Scottish Leaving Certificate Examination, 1961
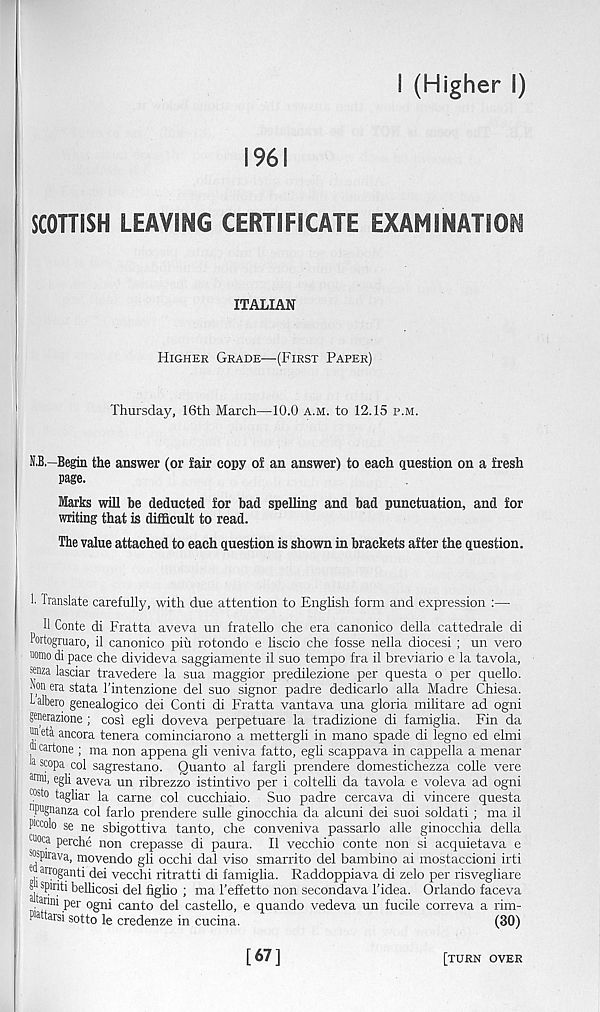
I (Higher I)
1961
SCOTTISH LEAVING CERTIFICATE EXAMINATION
ITALIAN
Higher Grade—(First Paper)
Thursday, 16th March—10.0 a.m. to 12.15 p.m.
N.B.—Begin the answer (or fair copy of an answer) to each question on a fresh
page.
Marks will he deducted for bad spelling and bad punctuation, and for
writing that is difficult to read.
The value attached to each question is shown in brackets after the question.
1. Translate carefully, with due attention to English form and expression :—
11 Conte di Fratta aveva un fratello che era canonico della cattedrale di
Portogmaro, il canonico piu rotondo e liscio che fosse nella diocesi ; un vero
uomo di pace che divideva saggiamente il suo tempo fra il breviario e la tavola,
snza lasciar travedere la sua maggior predilezione per questa o per quello.
Non era stata 1’intenzione del suo signor padre dedicarlo alia Madre Chiesa.
talbero genealogico dei Conti di Fratta vantava una gloria militare ad ogni
generazione; cosi egli doveva perpetuare la tradizione di famiglia. Fin da
® da ancora tenera cominciarono a mettergli in mano spade di legno ed elmi
i ca rtone ; ma non appena gli veniva fatto, egli scappava in cappella a menar
a scopa col sagrestano. Quanto al fargli prendere domestichezza colle vere
ffini, egli aveva un ribrezzo istintivo per i coltelli da tavola e voleva ad ogni
c°s to tagliar la carne col cucchiaio. Suo padre cercava di vincere questa
npugnanza col farlo prendere suite ginocchia da alcuni dei suoi soldati; ma il
Pttolo se ne sbigottiva tanto, che conveniva passarlo alle ginocchia della
CUOca perche non crepasse di paura. Il vecchio conte non si acquietava e
®spirava, movendo gli occhi dal viso smarrito del bambino ai mostaccioni irti
arr°g anti dei vecchi ritratti di famiglia. Raddoppiava di zelo per risvegliare
sjj spirit! bellicosi del figlio ; ma 1’effetto non secondava I'idea. Orlando faceva
per ogni canto del castello, e quando vedeva un fucile correva a rim-
Mtarsi sotto le credenze in cucina.
(30)
[67]
[turn over